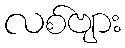
လစ်ဗျား